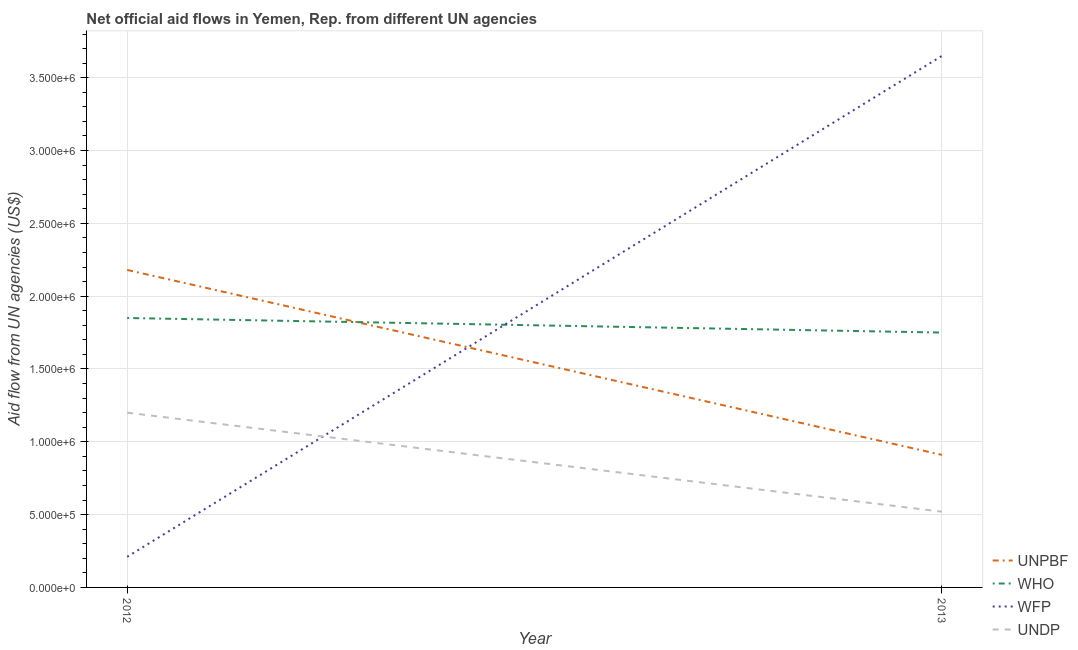
| Year | UNPBF | WHO | WFP | UNDP |
 | --- | --- | --- | --- | --- |
 | 2012 | 2.18e+06 | 1.85e+06 | 2.1e+05 | 1.2e+06 |
 | 2013 | 9.1e+05 | 1.75e+06 | 3.65e+06 | 5.2e+05 |